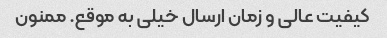
کیفیت عالی و زمان ارسال خیلی به موقع. ممنون